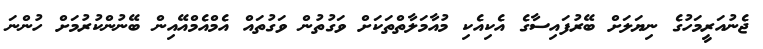
ޖެނުއަރީމަހުގެ ނިޔަލަށް ބޭރުފައިސާގެ އެކިއެކި މުއާމަލާތްތަކަށް ވަގުތުން ވަގުތައް އެމްއެމްއޭއިން ބޭނުންކުރުމަށް ހުންނަ